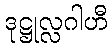
ဒုဋ္ဌုလ္လဂါဟီ